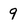
Character: 9